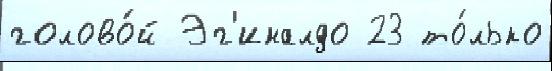
голово́й Эг'иналдо 23 то́лько